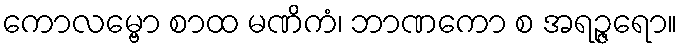
ကောလမ္ဗော စာထ မဏိကံ၊ ဘာဏကော စ အရဉ္ဇရော။